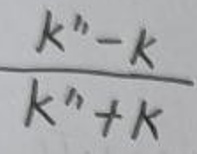
\frac{k'' - k}{k'' + k}